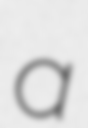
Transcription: a